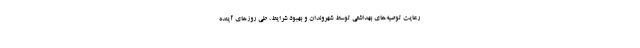
رعایت توصیه‌های بهداشتی توسط شهروندان و بهبود شرایط، طی روزهای آینده